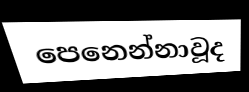
පෙනෙන්නාවූද